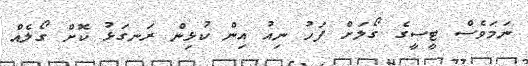
ނަމަވެސް ޓީސީގެ ގޯލަށް ފަހު ނިއު އިން ކުޅިން ރަނގަޅު ކޮށް ގޯލެއް